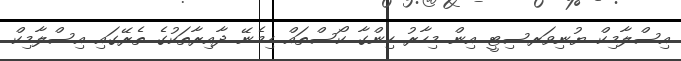
އިސްލާމިކް ޔުނިވަރސިޓީ އިން މިހާރު ހިންގާ ކޯސްތައް ހިމެނޭ ދާއިރާތަކުގެ ތެރޭގައި އިސްލާމިކް